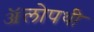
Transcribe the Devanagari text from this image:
ॲलोपथी